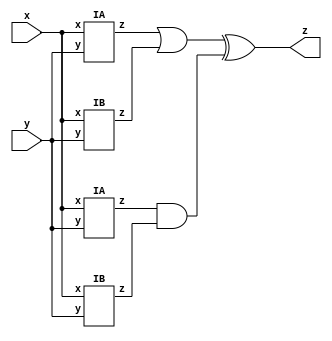
module top_module (input x, input y, output z);

wire IA1_z, IB1_z, IA2_z , IB2_z;
wire o_1,o_2;

IA IA1(x,y,IA1_z);
IB IB1(x,y,IB1_z);
IA IA2(x,y,IA2_z);
IB IB2(x,y,IB2_z);

assign o_1 = IA1_z | IB1_z;
assign o_2 = IA2_z & IB2_z;

assign z = o_1 ^ o_2;

endmodule


module IA (input x, input y, output z);


assign  z = (x^y) & x;



endmodule

module IB ( input x, input y, output z );


assign z = ~(x^y);



endmodule